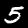
Digit: 5